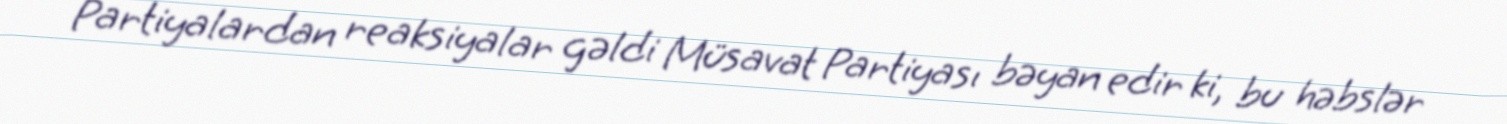
Partiyalardan reaksiyalar gəldi Müsavat Partiyası bəyan edir ki, bu həbslər